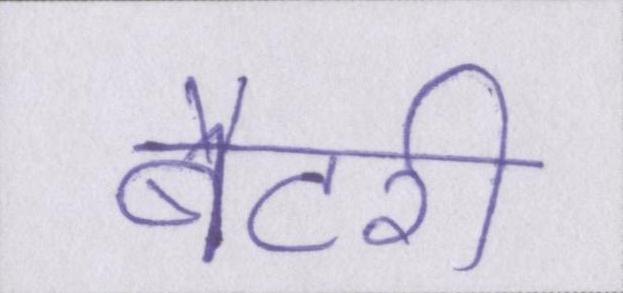
बैटरी